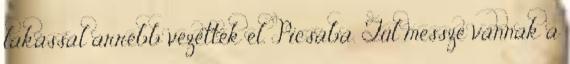
lakással arrébb vezették el. Picsába. Túl messze vannak a